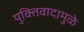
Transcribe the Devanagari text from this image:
युक्तिवादामुळे